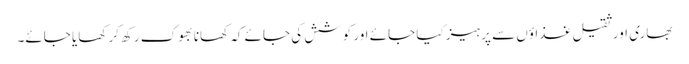
بھاری اور ثقیل غذاؤں سے پرہیز کیا جائے اور کوشش کی جائے کہ کھانا بھوک رکھ کر کھایا جائے۔